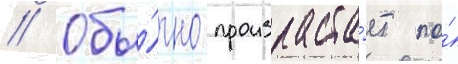
// Обы́чно произраста́ет по́